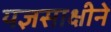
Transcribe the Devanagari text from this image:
यज्ञसाक्षीने